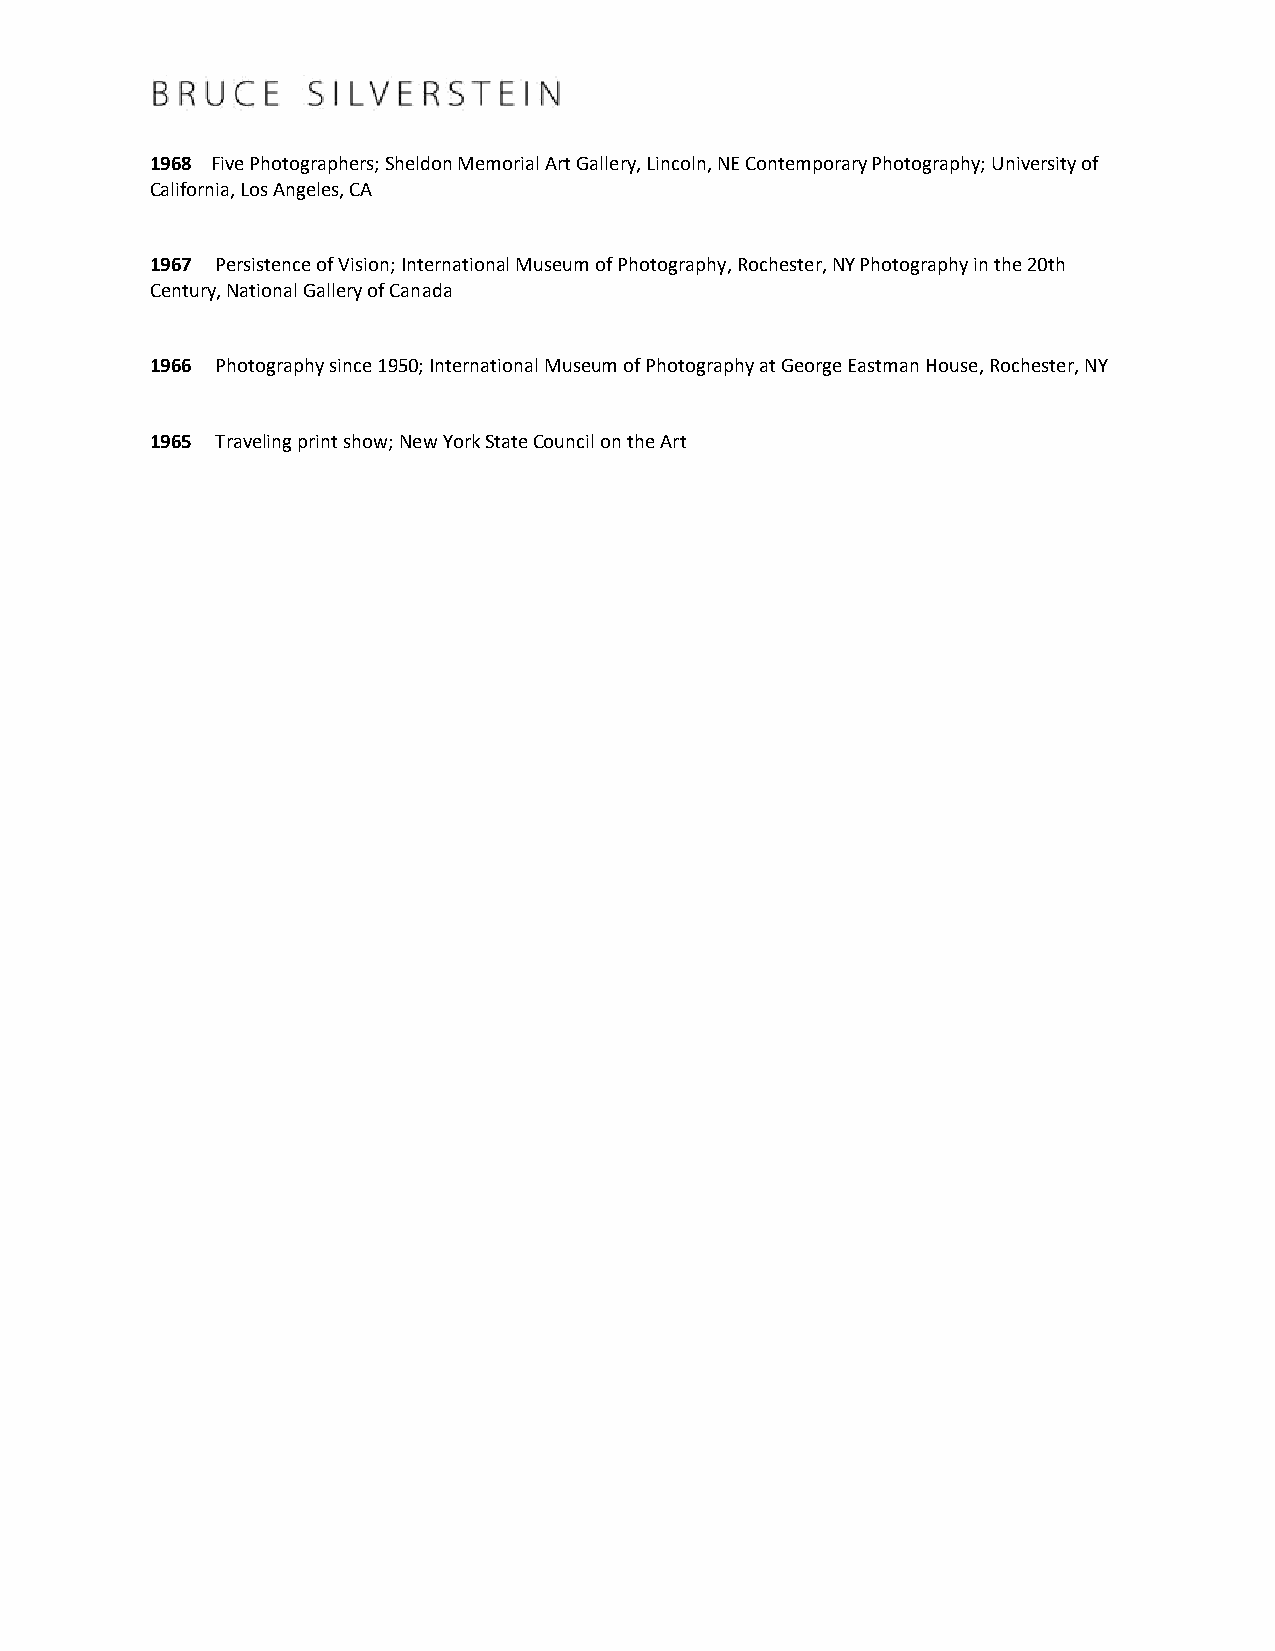
1968 Five Photographers; Sheldon Memorial Art Gallery, Lincoln, NE Contemporary Photography; University of
 California, Los Angeles, CA
 1967 Persistence of Vision; International Museum of Photography, Rochester, NY Photography in the 20th
 Century, National Gallery of Canada
 1966 Photography since 1950; International Museum of Photography at George Eastman House, Rochester, NY
 1965 Traveling print show; New York State Council on the Art